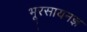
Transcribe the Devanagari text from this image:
भूरसायनज्ञ